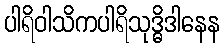
ပါရိဝါသိကပါရိသုဒ္ဓိဒါနေန